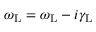
\omega _ { \mathrm { L } } = \omega _ { \mathrm { L } } - i \gamma _ { \mathrm { L } }